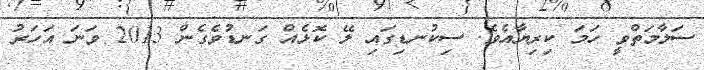
ސަލާމަތްވީ ހަމަ ކިރިޔާއެވެ. ސިކުނޑިގައި ލޭ ކޮޅެއް ގަނޑުވެގެން 2013 ވަނަ އަހަރު